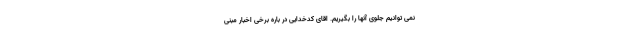
نمی توانیم جلوی آنها را بگیریم. اقای کدخدایی در باره برخی اخبار مبنی